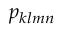
p _ { k l m n }